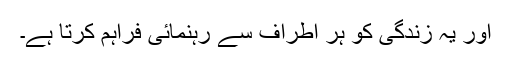
اور یہ زندگی کو ہر اطراف سے رہنمائی فراہم کرتا ہے۔